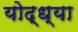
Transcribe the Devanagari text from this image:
योद्ध्या